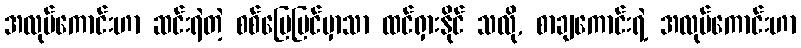
အလုပ်ကောင်းဟာ ဆင်းရဲတဲ့ စစ်မြေပြင်မှာသာ ထင်ရှားနိုင် သလို, စာချကောင်းရဲ့ အလုပ်ကောင်းဟာ